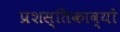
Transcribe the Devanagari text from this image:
प्रशस्तिकाव्यों